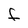
Character: f